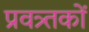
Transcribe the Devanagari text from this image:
प्रवत्र्तकों